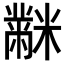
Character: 𪓋